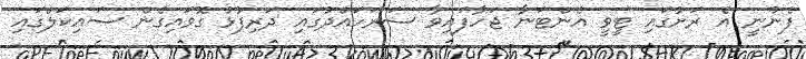
ފެނުނީ އެ ރަށުގައި ޓީވީ އެންޓަނާ ޖަހާފައިވާ ސަރަހައްދުގައި ދަރިފުޅު ގޮވައިގެން ސައިކަލްގައި